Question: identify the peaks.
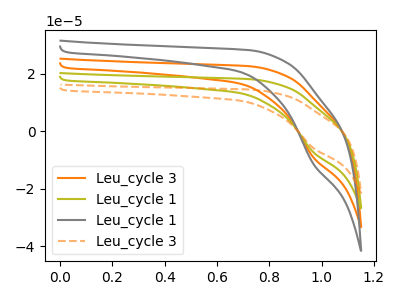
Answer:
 <answer>The orange curve "Leu_cycle 3" has a cathodic peak at: (0.95V, -14.55uA). The olive curve "Leu_cycle 1" has a cathodic peak at: (0.95V, -7.25uA). The gray curve "Leu_cycle 1" has a cathodic peak at: (0.95V, -21.80uA). The orange dashed curve "Leu_cycle 3" has a cathodic peak at: (0.95V, -5.85uA).</answer>
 <eval></eval>